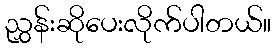
ညွှန်းဆိုပေးလိုက်ပါတယ်။